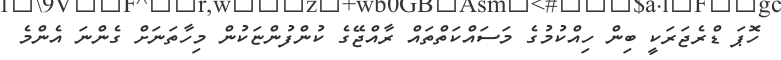
ހޮޕަ ޑްރެޖަރަކީ ބިން ހިއްކުމުގެ މަސައްކަތްތައް ރާއްޖޭގެ ކުންފުންޏަކުން މިހާތަނަށް ގެންނަ އެންމެ